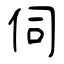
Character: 伺